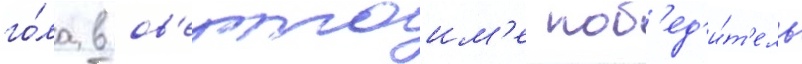
го́ла в ов'ертаим'е поб'ед'и́т'ель